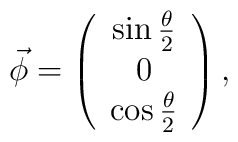
\vec \phi = \left(\begin{array}{c}\sin \frac{\theta}{2} \\ 0 \\ \cos \frac{\theta}{2}\end{array} \right),